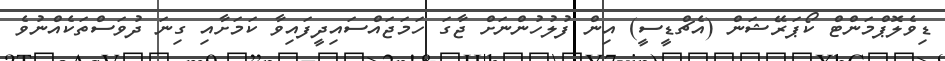
ޑިވެލޮޕްމަންޓް ކޯޕަރޭޝަން (އެޗްޑީސީ) އިން ފުލުހުންނަށް ޖާގަ ހަަމަޖައްސައިދީފައިވާ ކަމަށާއި ގިނަ ދުވަސްތަކެއްނުވެ